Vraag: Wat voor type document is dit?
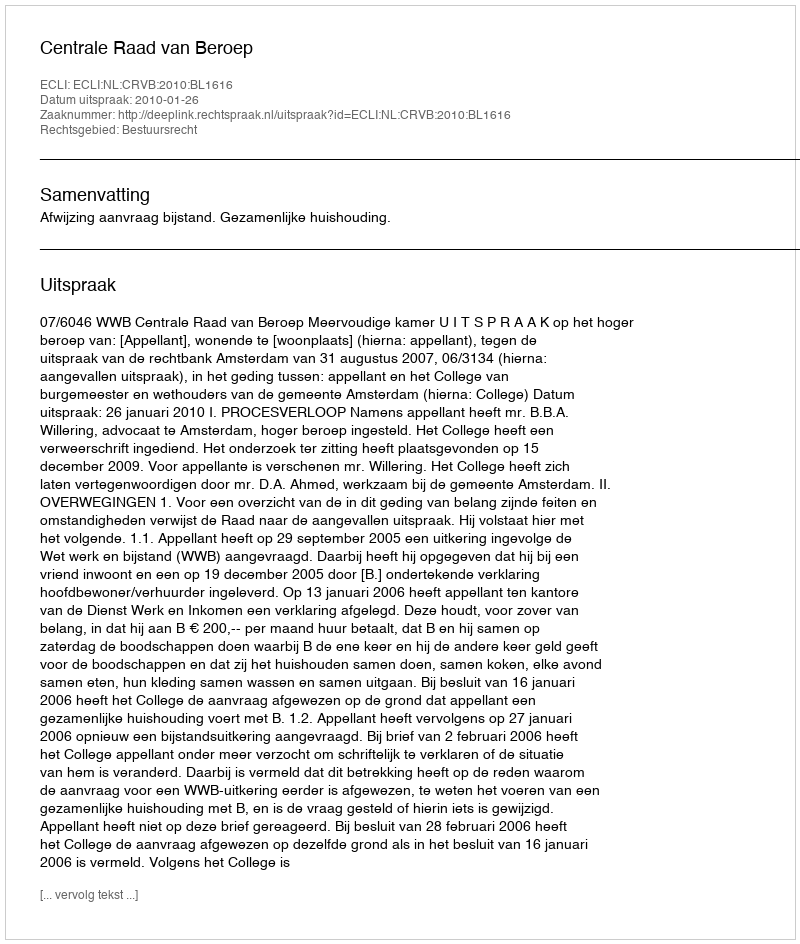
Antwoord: Uitspraak